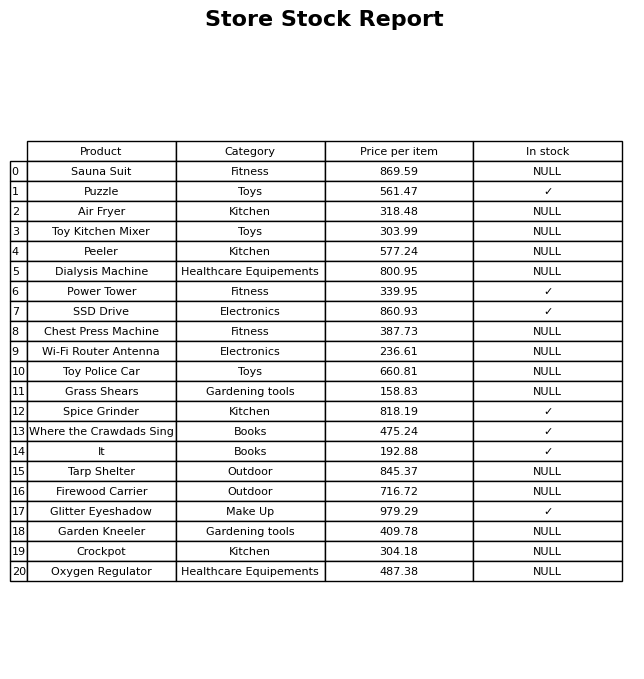
question: What is the stock status of the Spice Grinder?
answer: ✓